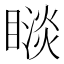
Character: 𥊗